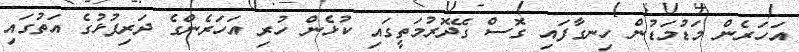
އަހަރެން މަޑުމަޑުން ހިނގާފައި ގޮސް ގޭދޮރުމަތީގައި ކުޅެން ހުރި އަހަރެންގެ ދަރިފުޅުގެ އަތުގައި